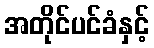
အတိုင်ပင်ခံနှင့်